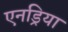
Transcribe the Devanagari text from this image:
एनड्रिया